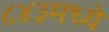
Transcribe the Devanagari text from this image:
८४३मध्ये